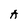
Character: A